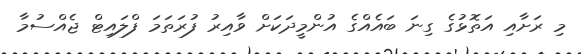
މި ރަށާއި އަތޮޅުގެ ގިނަ ބައެއްގެ އުންމީދަކަށް ވާއިރު ފުރަތަމަ ފްލައިޓް ޖެއްސުމާ